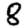
Digit: 8